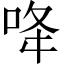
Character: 𠲓